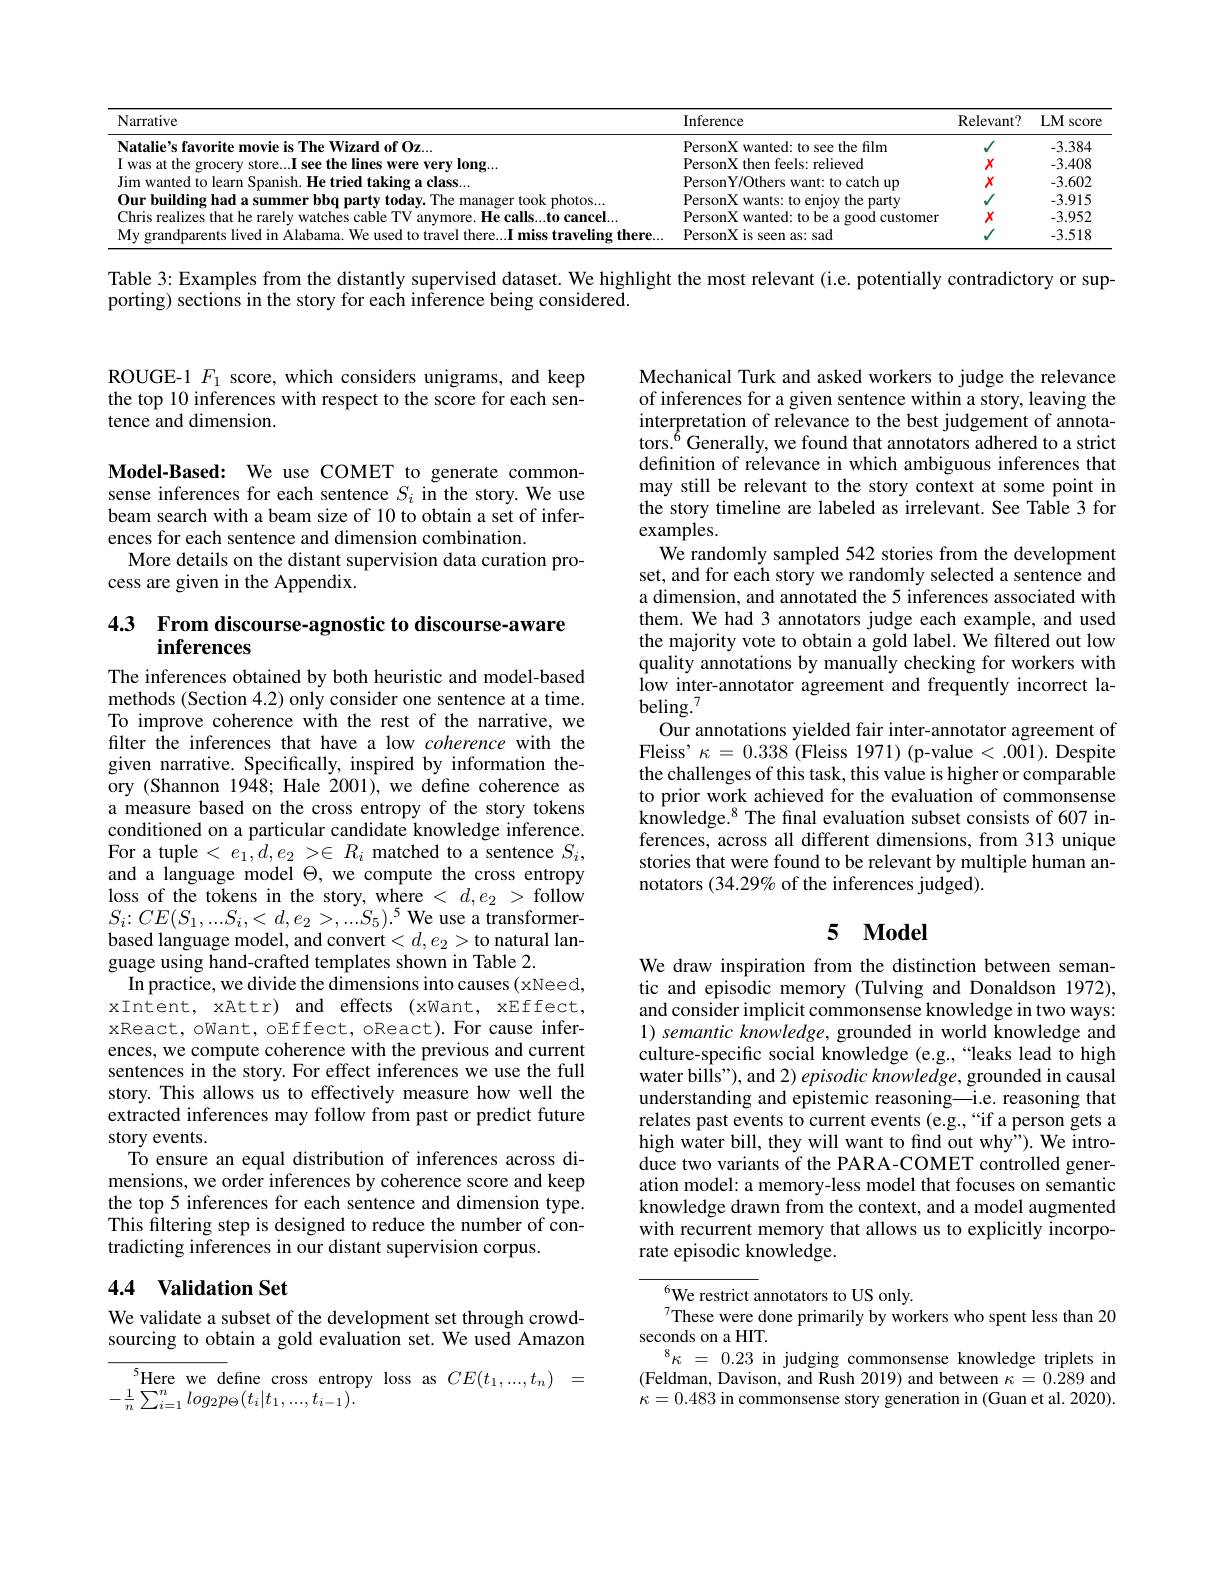
<table>
	<tbody>
		<tr>
			<th>Narrative</th>
			<th>Inference</th>
			<th>Relevant?</th>
			<th>$LM$ score</th>
		</tr>
		<tr>
			<td>$10fOz.$</td>
			<td>PersonX wanted: to see the film</td>
			<td>$V$</td>
			<td>-3.384</td>
		</tr>
		<tr>
			<td>11199991 Were verv $210m$</td>
			<td>relieved $P_{\hat{\rho}}$ srsonx 1 fhe fepls</td>
			<td>$X$</td>
			<td>-3.408</td>
		</tr>
		<tr>
			<td>$1,c|as$</td>
			<td>$\mathbf{Y}///fhe$ catch up</td>
			<td>$X$</td>
			<td>-3.602</td>
		</tr>
		<tr>
			<td>took nhotos</td>
			<td>PersonX wants: to enjoy the party</td>
			<td>1</td>
			<td>-3.915</td>
		</tr>
		<tr>
			<td>Chris realizes that he rarelv watches cab nlp $\because\parallel M$ F He ralls s.to cancel</td>
			<td>PersonX wanted: to be a good customer</td>
			<td>$X$</td>
			<td>-3.952</td>
		</tr>
		<tr>
			<td>miss traveling there</td>
			<td>PersonX is seen as: sad</td>
			<td>1</td>
			<td>-3.518</td>
		</tr>
	</tbody>
</table>

Table 3: Examples from the distantly supervised dataset. We highlight the most relevant (i.e. potentially contradictory or sup-

porting) sections in the story for each inference being considered.

ROUGE-1 $F_{1}$ score, which considers unigrams, and keep the top 10 inferences with respect to the score for each sentence and dimension.

Model-Based: We use COMET to generate commonsense inferences for each sentence $S_i$ in the story. We use beam search with a beam size of 10 to obtain a set of inferences for each sentence and dimension combination.
More details on the distant supervision data curation pro-
cess are given in the Appendix.

### 4.3 From discourse-agnostic to discourse-aware inferences

The inferences obtained by both heuristic and model-based methods (Section 4.2) only consider one sentence at a time. To improve coherence with the rest of the narrative, we filter the inferences that have a low coherence with the given narrative. Specifically, inspired by information theory (Shannon 1948; Hale 2001), we define coherence as a measure based on the cross entropy of the story tokens conditioned on a particular candidate knowledge inference. For a tuple $<e_1,d,e_2>\in R_i$ matched to a sentence $S_i$, and a language model $\Theta$, we compute the cross entropy $\operatorname*{loss~of~the~tokens~in~the~story,~where~<~d,e_{2}~>~follow}$ $S_{i}{:}CE(S_{1},...S_{i},<d,e_{2}>,...S_{5}).^{5}$We use a transformerbased language model, and convert$<d,e_2>$to natural language using hand-crafted templates shown in Table 2.
In practice, we divide the dimensions into causes (xNeed, xIntent, xAttr) and effects (xWant, xEffect, xReact, oWant, oEffect, oReact). For cause inferences, we compute coherence with the previous and current sentences in the story. For effect inferences we use the full story. This allows us to effectively measure how well the extracted inferences may follow from past or predict future story events.
To ensure an equal distribution of inferences across dimensions, we order inferences by coherence score and keep the top 5 inferences for each sentence and dimension type. This filtering step is designed to reduce the number of contradicting inferences in our distant supervision corpus.

## 4.4 Validation Set

We validate a subset of the development set through crowdsourcing to obtain a gold evaluation set. We used Amazon

$^{5}$Here we define cross entropy loss as $CE(t_1,...,t_n)=$
$-\frac{1}{n}\sum_{i=1}^{n}log_{2}p_{\Theta}(t_{i}|t_{1},...,t_{i-1}).$

Mechanical Turk and asked workers to judge the relevance of inferences for a given sentence within a story, leaving the interpretation of relevance to the best judgement of annotators.$^{6}$Generally, we found that annotators adhered to a strict definition of relevance in which ambiguous inferences that may still be relevant to the story context at some point in the story timeline are labeled as irrelevant. See Table 3 for examples.
We randomly sampled 542 stories from the development set, and for each story we randomly selected a sentence and a dimension, and annotated the 5 inferences associated with them. We had 3 annotators judge each example, and used the majority vote to obtain a gold label. We filtered out low quality annotations by manually checking for workers with low inter-annotator agreement and frequently incorrect labeling.$^{7}$
Our annotations yielded fair inter-annotator agreement of Fleiss' $\kappa=0.338$ (Fleiss 1971) (p-value < .001). Despite the challenges of this task, this value is higher or comparable to prior work achieved for the evaluation of commonsense knowledge.$^{8}$ The final evaluation subset consists of 607 inferences, across all different dimensions, from 313 unique stories that were found to be relevant by multiple human annotators (34.29% of the inferences judged).

## 5 $\mathbf{Model}$

We draw inspiration from the distinction between semantic and episodic memory (Tulving and Donaldson 1972), and consider implicit commonsense knowledge in two ways: $1) \textit{ semantic knowledge, grounded in world knowledge and}$ culture-specific social knowledge (e.g.,“leaks lead to high water bills"), and $2) \textit{episodic knowledge, grounded in causal}$ understanding and epistemic reasoning—i.e. reasoning that relates past events to current events (e.g.,“if a person gets a high water bill, they will want to find out why"). We introduce two variants of the PARA-COMET controlled generation model: a memory-less model that focuses on semantic knowledge drawn from the context, and a model augmented with recurrent memory that allows us to explicitly incorporate episodic knowledge.

$^{6}$We restrict annotators to US only.
These were done primarily by workers who spent less than 20
seconds on a HIT.
$^{8}\kappa$ = 0.23 in judging commonsense knowledge triplets in (Feldman, Davison, and Rush 2019) and between $\kappa=0.289$ and $\kappa=0.483$ in commonsense story generation in (Guan et al. 2020).